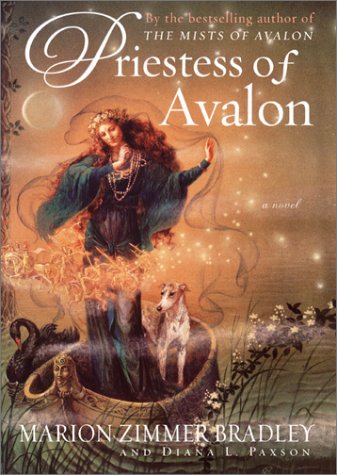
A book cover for Priestess of Avalon (Avalon, Book 4); Marion Zimmer Bradley; Science Fiction & Fantasy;